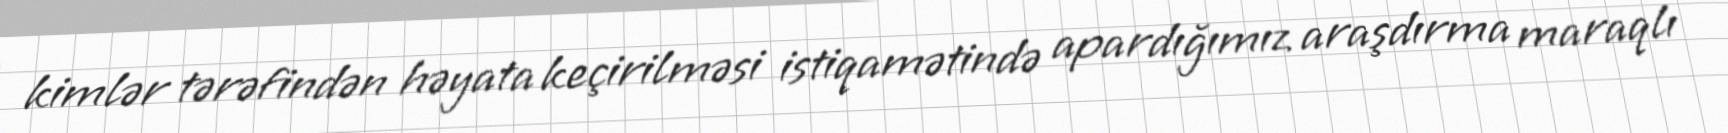
kimlər tərəfindən həyata keçirilməsi istiqamətində apardığımız araşdırma maraqlı